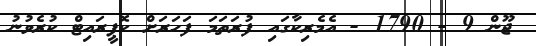
ޖޫން 9 - 1790 - އެމެރިކާގައި ފުރަތަމަ ފަހަރަށް ކޮޕީރައިޓް ކުރެވުނު